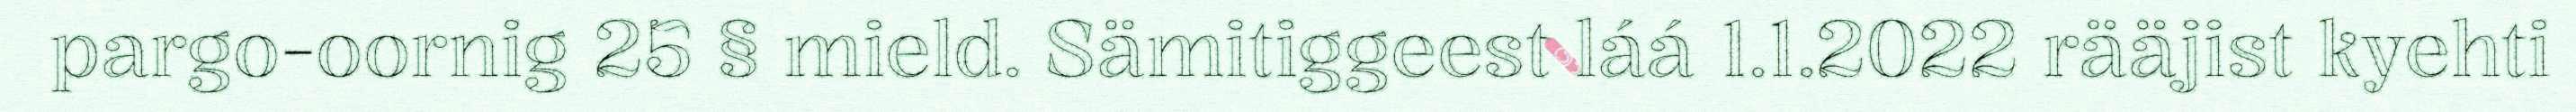
pargo-oornig 25 § mield. Sämitiggeest láá 1.1.2022 rääjist kyehti